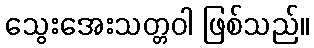
သွေးအေးသတ္တဝါ ဖြစ်သည်။